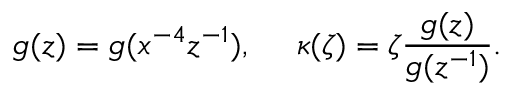
g ( z ) = g ( x ^ { - 4 } z ^ { - 1 } ) , ~ ~ ~ ~ \kappa ( \zeta ) = \zeta \frac { g ( z ) } { g ( z ^ { - 1 } ) } .